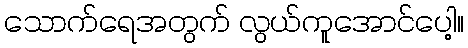
သောက်ရေအတွက် လွယ်ကူအောင်ပေါ့။